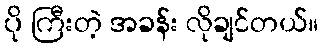
ပို ကြီးတဲ့ အခန်း လိုချင်တယ်။